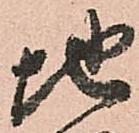
地